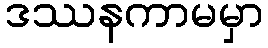
ဒဿနကာမမှာ